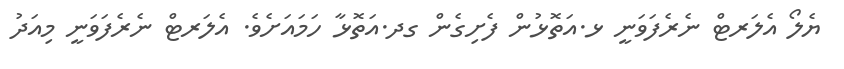
ޔެލޯ އެލަރޓް ނެރެފަވަނީ ޅ.އަތޮޅުން ފެށިގެން ގދ.އަތޮޅާ ހަމައަށެވެ. އެލަރޓް ނެރެފަވަނީ މިއަދު